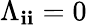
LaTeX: \Lambda_{\mathbf{i}\mathbf{i}}=0